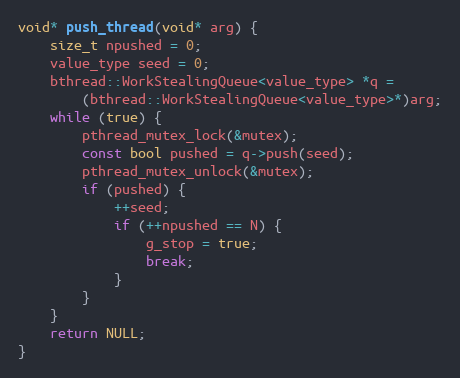
Language: C++
void* push_thread(void* arg) {
    size_t npushed = 0;
    value_type seed = 0;
    bthread::WorkStealingQueue<value_type> *q =
        (bthread::WorkStealingQueue<value_type>*)arg;
    while (true) {
        pthread_mutex_lock(&mutex);
        const bool pushed = q->push(seed);
        pthread_mutex_unlock(&mutex);
        if (pushed) {
            ++seed;
            if (++npushed == N) {
                g_stop = true;
                break;
            }
        }
    }
    return NULL;
}